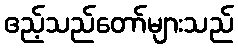
ဧည့်သည်တော်များသည်